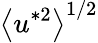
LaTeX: \left<u^{*2}\right>^{1/2}